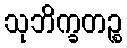
သုဘိက္ခတဉ္စ